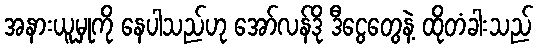
အနားယူမှုကို နေပါသည်ဟု အော်လန်ဒို ဒီငွေတွေနဲ့ ထိုတံခါးသည်